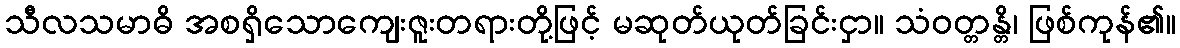
သီလသမာဓိ အစရှိသောကျေးဇူးတရားတို့ဖြင့် မဆုတ်ယုတ်ခြင်းငှာ။ သံဝတ္တန္တိ၊ ဖြစ်ကုန်၏။